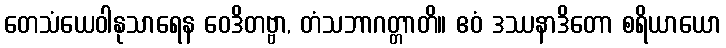
တေသံယေဝါနုသာရေန ဝေဒိတဗ္ဗာ, တံသဘာဂတ္တာတိ။ ဧဝံ ဒဿနာဒိတော စရိယာယော